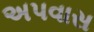
અપવાસ